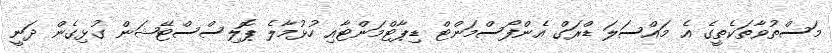
މަސްތުވާތަކެތީގެ އެ މައްސަލަ ޑްރަގް އެންފޯސްމަންޓް ޑިޕާޓްމަންޓާއި ހުޅުމާލެ ޕޮލިސްސްޓޭޝަން ގުޅިގެން ދަނީ